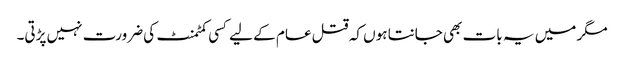
مگر میں یہ بات بھی جانتا ہوں کہ قتل عام کے لیے کسی کمٹمنٹ کی ضرورت نہیں پڑتی۔